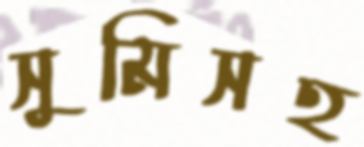
সুমিসহ